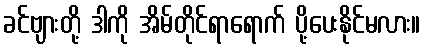
ခင်ဗျားတို့ ဒါကို အိမ်တိုင်ရာရောက် ပို့ပေးနိုင်မလား။